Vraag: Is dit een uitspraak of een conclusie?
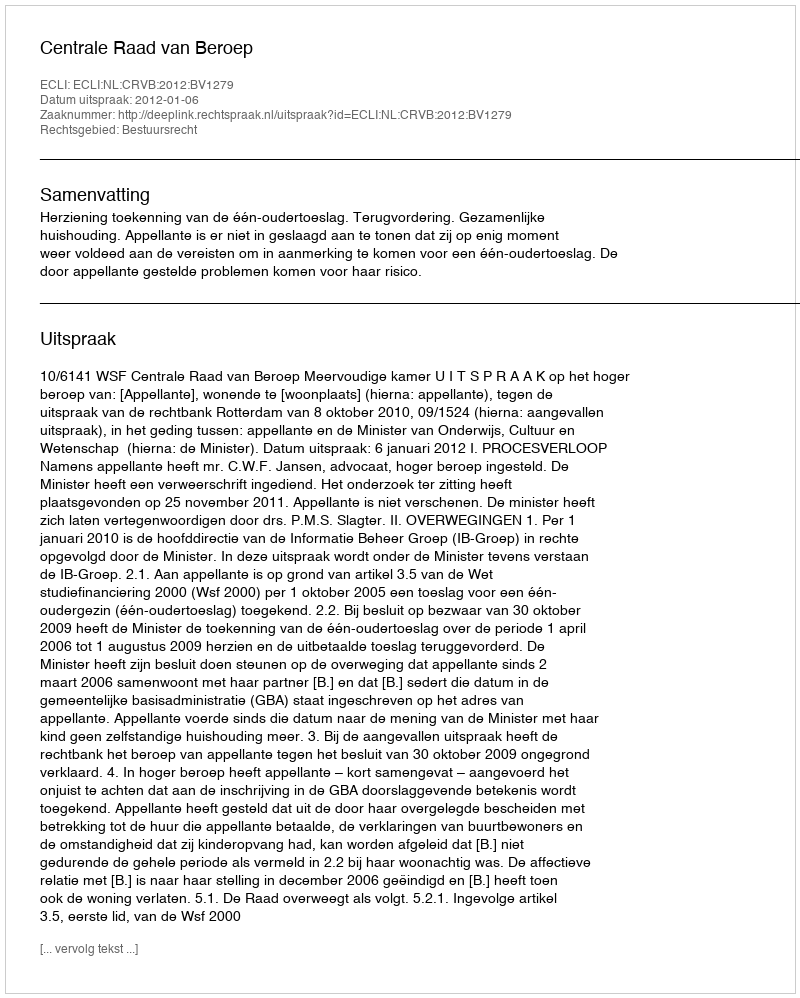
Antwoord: Uitspraak